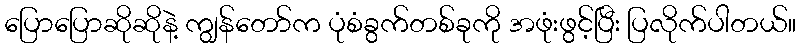
ပြောပြောဆိုဆိုနဲ့ ကျွန်တော်က ပုံစံခွက်တစ်ခုကို အဖုံးဖွင့်ပြီး ပြလိုက်ပါတယ်။